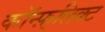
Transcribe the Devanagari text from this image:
कॉन्फ़्लिक्ट